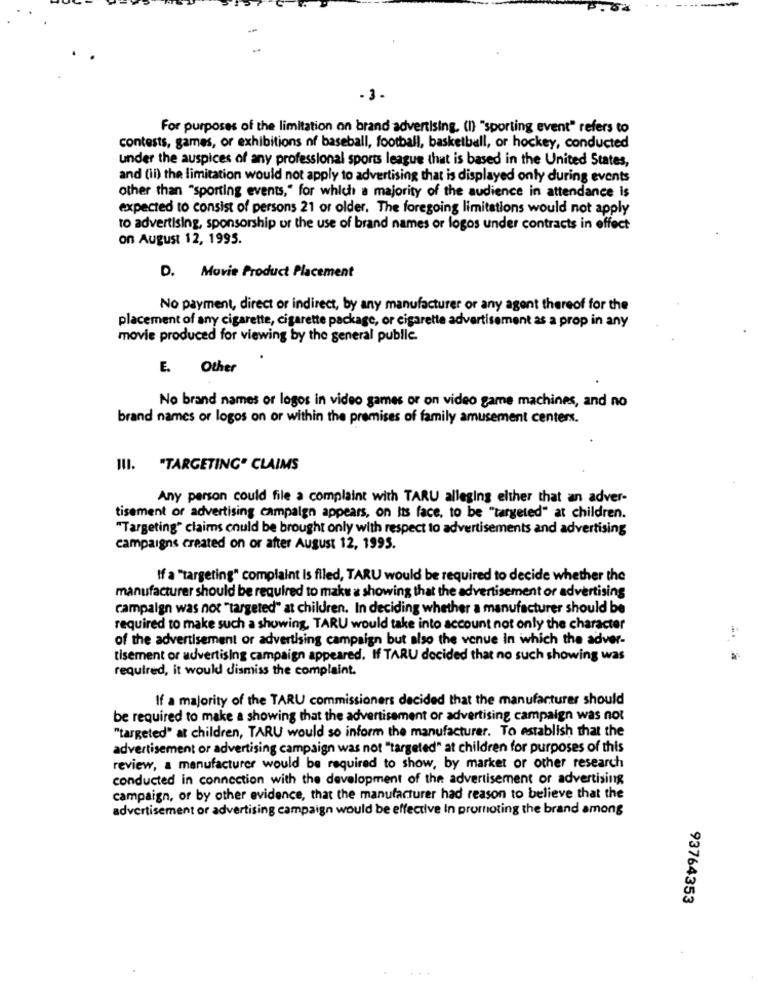
-3.
For purposes of the limitation on brand advertising. (I) "sporting event" refers to
contests, games, or exhibitions nf baseball, football, basketball, or hockey, conducted
under the auspices of any professional sports league that is based in the United States,
and (il) the limitation would not apply to advertising that is displayed only during events
other than "sporting events," for which a majority of the audience in attendance is
expected to consist of persons 21 or older. The foregoing limitations would not apply
to advertising, sponsorship ur the use of brand names or logos under contracts in effect
on August 12, 1995.
D. Movie Product Placement
No payment, direct or indirect, by any manufacturer or any agent thereof for the
placement of any cigarette, cigarette package, or cigarette advertisement as a prop in any
movie produced for viewing by the general public.
E. Other
No brand names or logos in video games or on video game machines, and no
brand names or logos on or within the premises of family amusement centers.
III. "TARGETING" CLAIMS
Any person could file a complaint with TARU alleging elther that an adver-
tisement or advertising campaign appears, on its face, to be "targeted" at children.
"Targeting" claims could be brought only with respect to advertisements and advertising
campaigns created on or after August 12, 1995.
If a "targeting" complaint is filed, TARU would be required to decide whether the
manufacturer should be required to make a showing that the advertisement or advertising
campaign was not "targeted" at children. In deciding whether a manufacturer should be
required to make such a showing, TARU would take into account not only the character
-.
of the advertisement or advertising campaign but also the venue in which the adver-
tisement or advertising campaign appeared. If TARU decided that no such showing was
required, it would dismiss the complaint.
If a majority of the TARU commissioners decided that the manufacturer should
be required to make a showing that the advertisement or advertising campaign was not
"targeted" at children, TARU would so inform the manufacturer. To establish that the
advertisement or advertising campaign was not "targeted" at children for purposes of this
review, a manufacturer would be required to show, by market or other research
conducted in connection with the development of the advertisement or advertising
campaign, or by other evidence, that the manufacturer had reason to believe that the
advertisement or advertising campaign would be effective In promoting the brand among
93764353